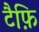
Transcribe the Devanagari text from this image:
टैफ़ि